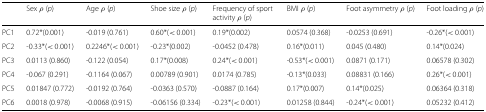
|  | Sex ρ (p) | Age ρ (p) | Shoe size ρ (p) | Frequency of sport activity ρ (p) | BMI ρ (p) | Foot asymmetry ρ (p) | Foot loading ρ (p) |
 | --- | --- | --- | --- | --- | --- | --- | --- |
 | PC1 | 0.72*(0.001) | -0.019 (0.761) | 0.60*(< 0.001) | 0.19*(0.002) | 0.0574 (0.368) | -0.0253 (0.691) | -0.26*(< 0.001) |
 | PC2 | -0.33*(< 0.001) | 0.2246*(< 0.001) | -0.23*(0.002) | -0.0452 (0.478) | 0.16*(0.011) | 0.045 (0.480) | 0.14*(0.024) |
 | PC3 | 0.0113 (0.860) | -0.122 (0.054) | 0.17*(0.008) | 0.24*(< 0.001) | -0.53*(< 0.001) | 0.0871 (0.171) | 0.06578 (0.302) |
 | PC4 | -0.067 (0.291) | -0.1164 (0.067) | 0.00789 (0.901) | 0.0174 (0.785) | -0.13*(0.033) | 0.08831 (0.166) | 0.26*(< 0.001) |
 | PC5 | 0.01847 (0.772) | -0.0192 (0.764) | -0.0363 (0.570) | -0.0887 (0.164) | 0.17*(0.007) | 0.14*(0.025) | 0.06364 (0.318) |
 | PC6 | 0.0018 (0.978) | -0.0068 (0.915) | -0.06156 (0.334) | -0.23*(< 0.001) | 0.01258 (0.844) | -0.24*(< 0.001) | 0.05232 (0.412) |